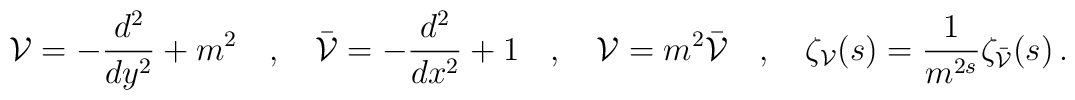
{\cal V}=-\frac{d^2}{d y^2}+m^2 \hspace{0.4cm},\hspace{0.4cm}\bar{{\cal V}}=-\frac{d^2}{dx^2}+1 \hspace{0.4cm},\hspace{0.4cm}{\cal V}=m^2 \bar{{\cal V}}\hspace{0.4cm},\hspace{0.4cm}\zeta_{\cal V}(s)=\frac{1}{m^{2s}} \zeta_{\bar{{\cal V}}}(s)\,.